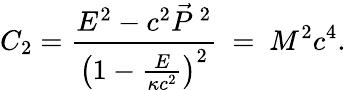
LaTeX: C_{2}=\frac{E^{2}-c^{2}\vec{P}^{\ 2}}{\left(1-\frac{E}{\kappa c^{2}}\right)^{2}}\ =\ M^{2}c^{4}.